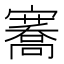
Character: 𭔣